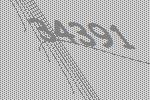
34391